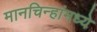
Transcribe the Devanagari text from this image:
मानचिन्हांमध्ये